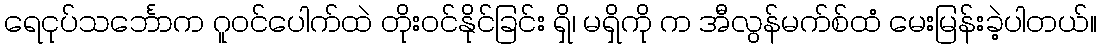
ရေငုပ်သင်္ဘောက ဂူဝင်ပေါက်ထဲ တိုးဝင်နိုင်ခြင်း ရှိ၊ မရှိကို က အီလွန်မက်စ်ထံ မေးမြန်းခဲ့ပါတယ်။